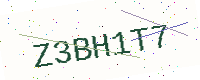
Text: Z3BH1T7